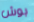
بوش